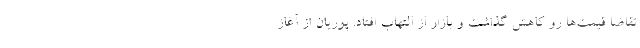
تقاضا قیمت‌ها رو کاهش گذاشت و بازار از التهاب افتاد. پوریان از آغاز